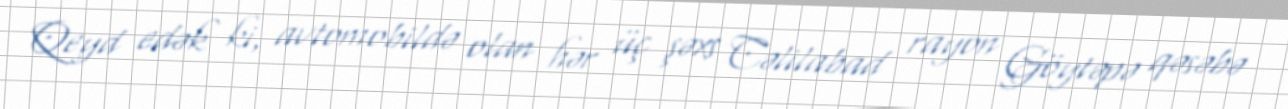
Qeyd edək ki, avtomobildə olan hər üç şəxs Cəlilabad rayon Göytəpə qəsəbə